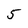
Character: 5